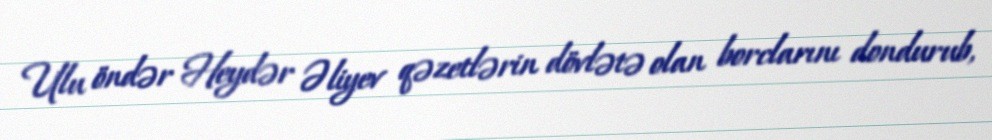
Ulu öndər Heydər Əliyev qəzetlərin dövlətə olan borclarını dondurub,